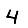
Digit: 4